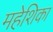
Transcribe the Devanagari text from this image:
महेशिका